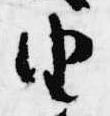
由